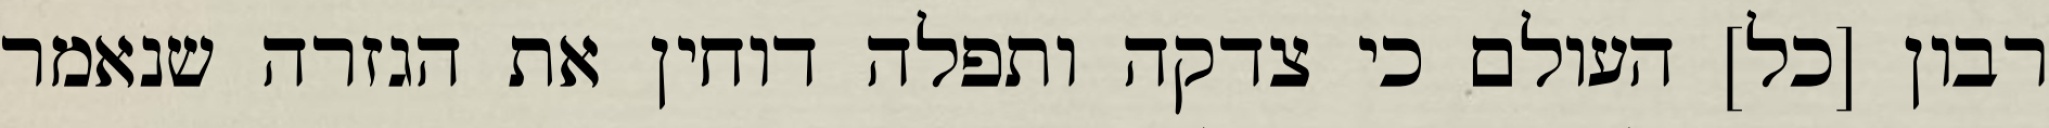
רבון [כל] העולם כי צדקה ותפלה דוחין את הגזרה שנאמר